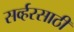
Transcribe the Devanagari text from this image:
सर्व्हरसाठी